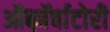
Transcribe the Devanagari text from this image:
ऑब्ज़ॅर्वाटोरी